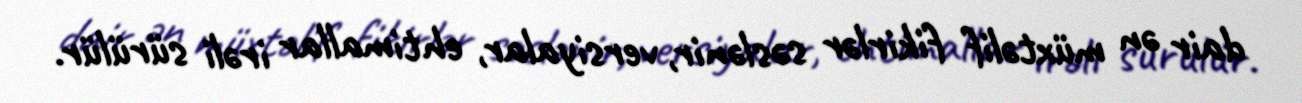
dair ən müxtəlif fikirlər səslənir, versiyalar, ehtimallar irəli sürülür.